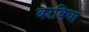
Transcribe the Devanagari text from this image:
बरबिघा